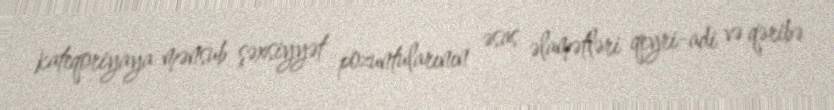
kateqoriyaya mənsub şəxsiyyət pozuntularının əsas əlamətləri qeyri-adi və qəribə